Senior Leaving Certificate Examination (including Day School Certificate (Higher) General paper), 1946
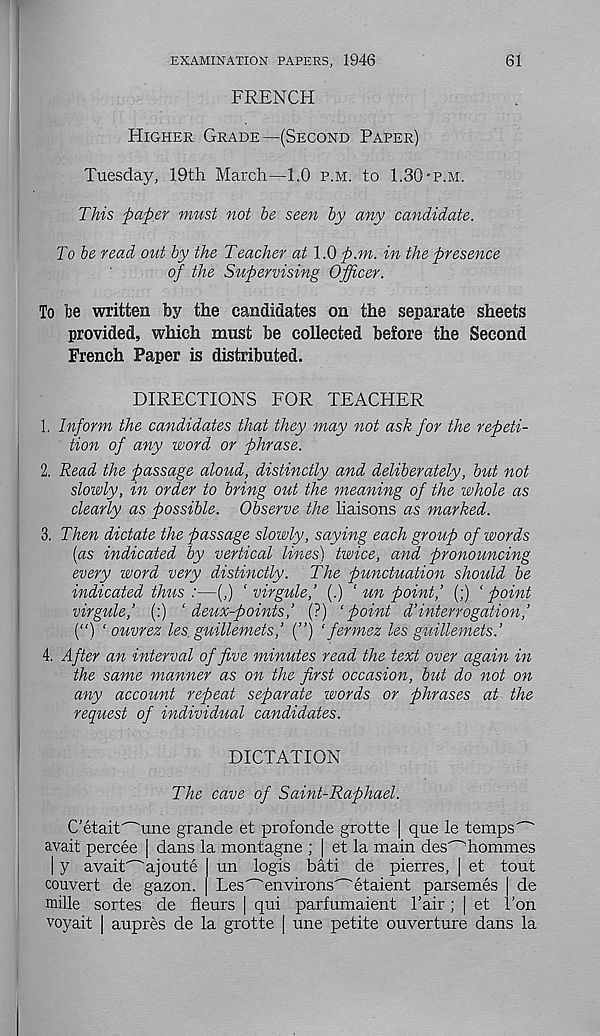
EXAMINATION PAPERS, 1946
61
FRENCH
Higher Grade—(Second Paper)
Tuesday, 19th March—1.0 p.m. to 1.30-p.m.
This paper must not be seen by any candidate.
To be read out by the Teacher at 1.0 p.m. in the presence
of the Supervising Officer.
To fee written by the candidates on the separate sheets
provided, which must be collected before the Second
French Paper is distributed.
DIRECTIONS FOR TEACHER
1. Inform the candidates that they may not ask for the repeti-
tion of any word or phrase.
2. Read the passage aloud, distinctly and deliberately, but not
slowly, in order to bring out the meaning of the whole as
clearly as possible. Observe the liaisons as marked.
3. Then dictate the passage slowly, saying each group of words
[as indicated by vertical lines) twice, and pronouncing
every word very distinctly. The punctuation should be
indicated thus :—(,) ‘ virgule,’ (.) ‘ un point,’ (;) ‘point
virgule,’ (:) ‘ deux-points,’ (?) ‘point d’interrogation,’
(“) ‘ ouvrez les guillemets,’ (”) ' fermez les guillemets.’
4. After an interval of five minutes read the text over again in
the same manner as on the first occasion, but do not on
any account repeat separate words or phrases at the
request of individual candidates.
DICTATION
The cave of Saint-Raphael.
C’etait^une grande et profonde grotte | que le temps' - '
avait percee | dans la montagne ; | et la main des' - 'homines
| y avait^ajoute | un logis bati de pierres, | et tout
convert de gazon. | Lesenvirons' - 'etaient parsemes de
mille sortes de fleurs [ qui parfumaient Pair; | et 1’on
voyait | aupres de la grotte | une petite ouverture dans la